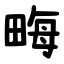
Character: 畮